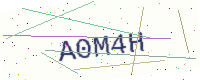
Text: A0M4H